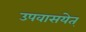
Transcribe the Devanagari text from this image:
उपवासयेत्